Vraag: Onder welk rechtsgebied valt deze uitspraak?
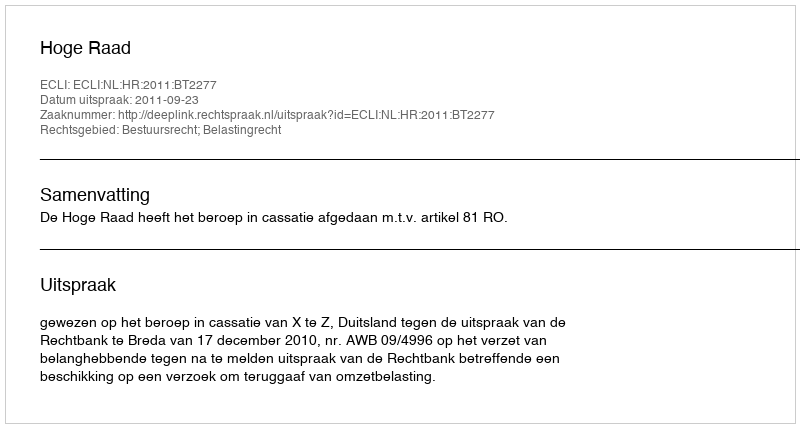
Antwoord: Bestuursrecht; Belastingrecht